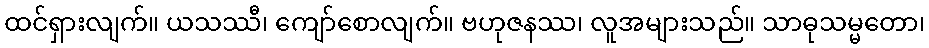
ထင်ရှားလျက်။ ယသဿီ၊ ကျော်စောလျက်။ ဗဟုဇနဿ၊ လူအများသည်။ သာဓုသမ္မတော၊